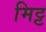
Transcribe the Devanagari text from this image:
मिट्ट